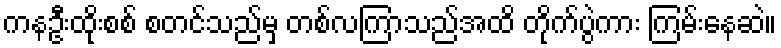
ကနဦးထိုးစစ် စတင်သည်မှ တစ်လကြာသည်အထိ တိုက်ပွဲကား ကြမ်းနေဆဲ။